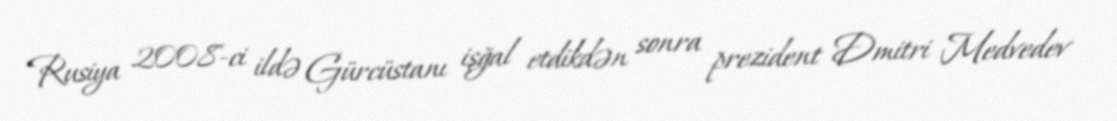
Rusiya 2008-ci ildə Gürcüstanı işğal etdikdən sonra prezident Dmitri Medvedev